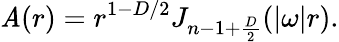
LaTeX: \mathit{A}(r)=r^{1-D/2}J_{n-1+{\frac{{D}}{{2}}}}(|\omega|r).